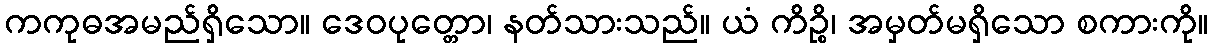
ကကုဓအမည်ရှိသော။ ဒေဝပုတ္တော၊ နတ်သားသည်။ ယံ ကိဉ္စိ၊ အမှတ်မရှိသော စကားကို။